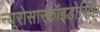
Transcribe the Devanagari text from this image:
न्यूरोसारकॉइडोसिस